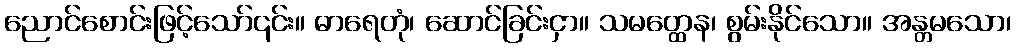
ညောင်စောင်းဖြင့်သော်၎င်း။ ဓာရေတုံ၊ ဆောင်ခြင်းငှာ။ သမတ္ထေန၊ စွမ်းနိုင်သော။ အန္တမသော၊